Scottish Leaving Certificate Examination, 1959
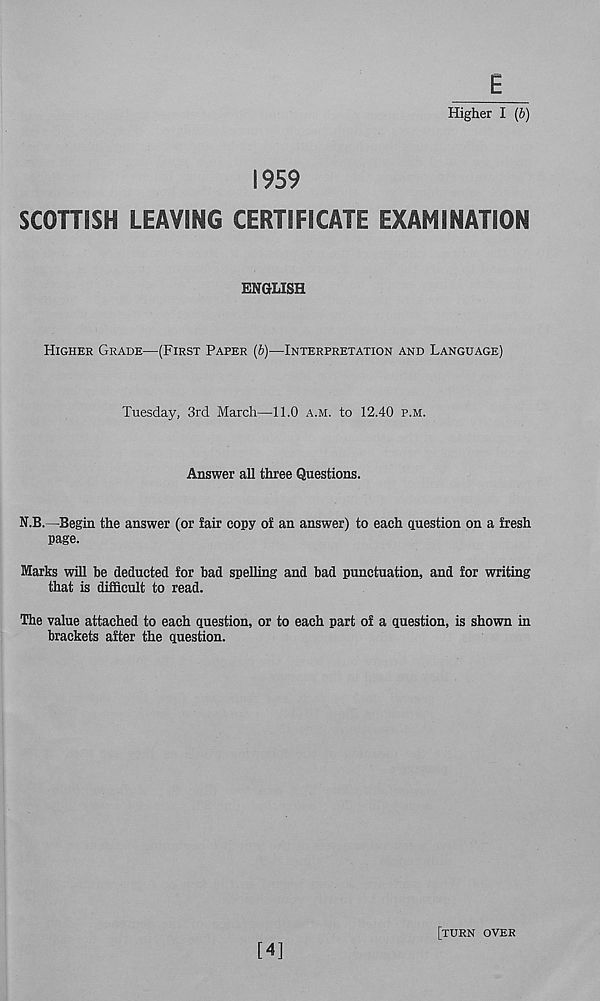
E_
Higher I (b)
1959
SCOTTISH LEAVING CERTIFICATE EXAMINATION
ENGLISH
HIGHER GRADE—(FIRST PAPER (b)—INTERPRETATION AND LANGUAGE)
Tuesday, 3rd March—11.0 A.M. to 12.40 P.M.
Answer all three Questions.
N.B.—Begin the answer (or fair copy of an answer) to each question on a fresh
page.
Marks will be deducted for bad spelling and bad punctuation, and for writing
that is difficult to read.
The value attached to each question, or to each part of a question, is shown in
brackets after the question.
[4]
[TURN OVER